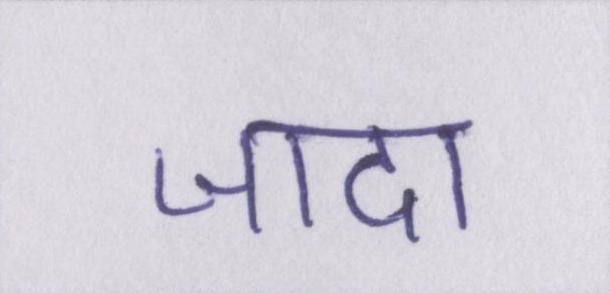
जादा